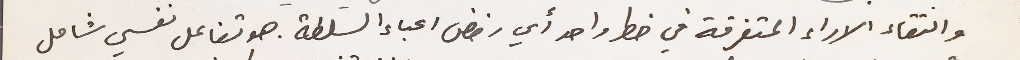
والتقاء الاراء المتفرقة في خطر واحد أي رفض اعباء السلطة. هو تفاعل نفسي شامل